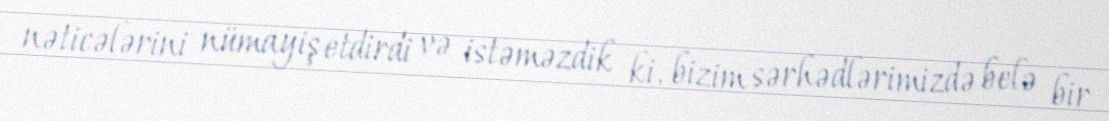
nəticələrini nümayiş etdirdi və istəməzdik ki, bizim sərhədlərimizdə belə bir